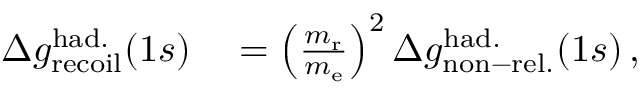
\begin{array} { r l } { \Delta g _ { \mathrm { r e c o i l } } ^ { \mathrm { h a d . } } ( 1 s ) } & { { } = \left( \frac { m _ { \mathrm { r } } } { m _ { \mathrm { e } } } \right) ^ { 2 } \Delta g _ { \mathrm { n o n - r e l . } } ^ { \mathrm { h a d . } } ( 1 s ) \, , } \end{array}